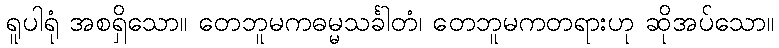
ရူပါရုံ အစရှိသော။ တေဘူမကဓမ္မသင်္ခါတံ၊ တေဘူမကတရားဟု ဆိုအပ်သော။